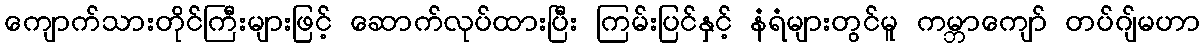
ကျောက်သားတိုင်ကြီးများဖြင့် ဆောက်လုပ်ထားပြီး ကြမ်းပြင်နှင့် နံရံများတွင်မူ ကမ္ဘာကျော် တပ်ဂျ်မဟာ